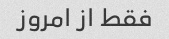
فقط از امروز